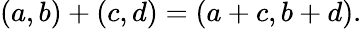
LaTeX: (a,b)+(c,d)=(a+c,b+d).